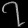
Digit: ၇